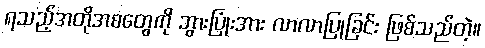
ရသည့်အတိုအစတွေကို ဘွားပြုံးအား လာလာပြုခြင်း ဖြစ်သည်တဲ့။